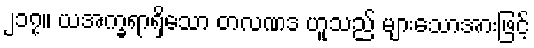
၂၁၇။ ယအက္ခရာရှိသော တလဏဒ ဟူသည် များသောအားဖြင့်